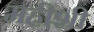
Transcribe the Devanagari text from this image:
महीशी